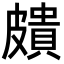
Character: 𥀠